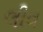
લીવ